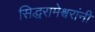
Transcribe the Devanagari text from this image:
सिद्धरामेश्वरांनी